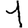
Digit: 1